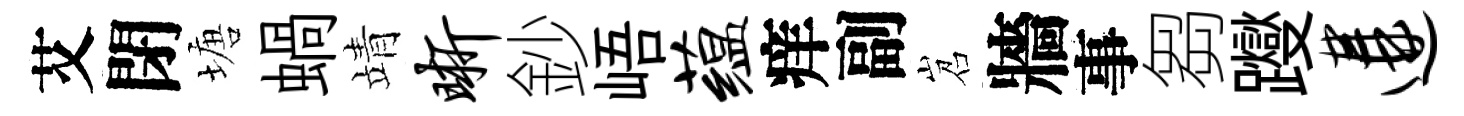
艾閉塘蝸靖晰鈔峿蕴痒副岧牆事芻躞遘